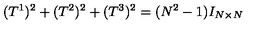
( T ^ { 1 } ) ^ { 2 } + ( T ^ { 2 } ) ^ { 2 } + ( T ^ { 3 } ) ^ { 2 } = ( N ^ { 2 } - 1 ) I _ { N \times N }